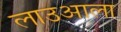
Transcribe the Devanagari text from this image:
लाउआला